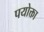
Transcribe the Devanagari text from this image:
पयोक्ता